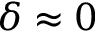
\delta \approx 0